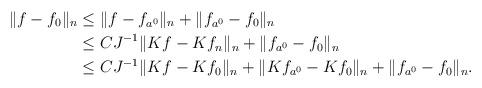
LaTeX: \begin{align*}\|f - f_0\|_n &\leq \|f - f_{a^0}\|_n + \|f_{a^0} - f_0\|_n \\ &\leq C J^{-1} \| Kf - Kf_n\|_n + \|f_{a^0} - f_0\|_n \\ & \leq C J^{-1} \| Kf - Kf_0\|_n + \|Kf_{a^0} - Kf_0\|_n + \|f_{a^0} - f_0\|_n.\end{align*}